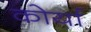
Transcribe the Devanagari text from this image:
कोर्या